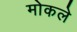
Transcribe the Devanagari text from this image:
मोकले